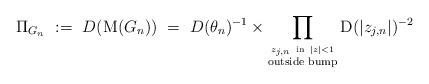
LaTeX: \begin{align*}\Pi_{G_n} ~:=~D({\rm M}(G_n)) ~=~ D(\theta_n)^{-1} \times \prod_{\stackrel{z_{j,n} ~\mbox{{\tiny in}}~ |z|<1}{{\rm {\tiny outside ~bump}}}}{\rm D}(|z_{j,n}|)^{-2}\end{align*}